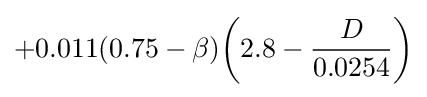
+0.011(0.75-\beta ){\bigg (}2.8-{\frac {D}{0.0254}}{\bigg )}